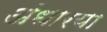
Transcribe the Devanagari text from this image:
अंधारया